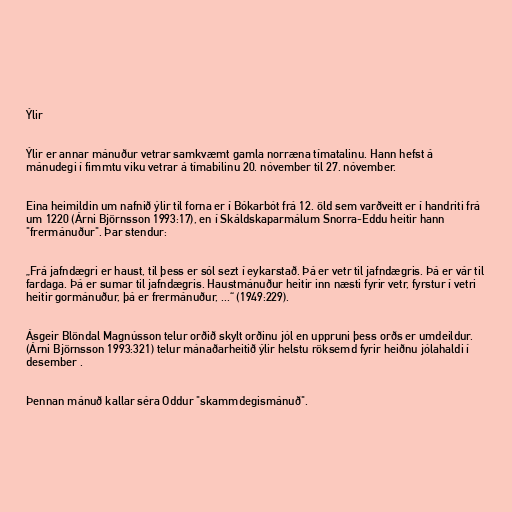
Ýlir

Ýlir er annar mánuður vetrar samkvæmt gamla norræna tímatalinu. Hann hefst á
mánudegi í fimmtu viku vetrar á tímabilinu 20. nóvember til 27. nóvember.

Eina heimildin um nafnið ýlir til forna er í Bókarbót frá 12. öld sem varðveitt er í handriti frá
um 1220 (Árni Björnsson 1993:17), en í Skáldskaparmálum Snorra-Eddu heitir hann
"frermánuður". Þar stendur:

„Frá jafndægri er haust, til þess er sól sezt í eykarstað. Þá er vetr til jafndægris. Þá er vár til
fardaga. Þá er sumar til jafndægris. Haustmánuður heitir inn næsti fyrir vetr, fyrstur í vetri
heitir gormánuður, þá er frermánuður, ...“ (1949:229).

Ásgeir Blöndal Magnússon telur orðið skylt orðinu jól en uppruni þess orðs er umdeildur.
(Árni Björnsson 1993:321) telur mánaðarheitið ýlir helstu röksemd fyrir heiðnu jólahaldi í
desember .

Þennan mánuð kallar séra Oddur "skammdegismánuð".